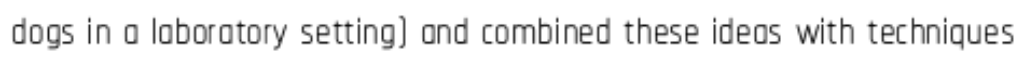
dogs in a laboratory setting) and combined these ideas with techniques